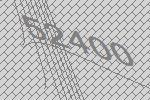
52400